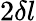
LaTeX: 2\delta l